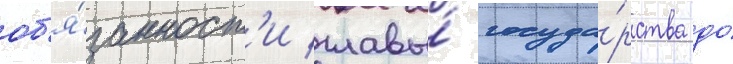
об'я́занност'и главы́ госуда́рства до́